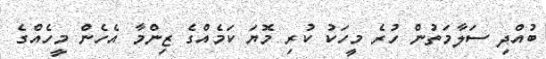
ބުއްދި ސަލާމަތުން ހުރެ މީހަކު ކުރި މޮޔަ ކަމެއްގެ ޒިންމާ އެހެން މީހެއްގެ